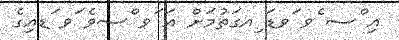
އި ްސ ެވ ަވޑަ ިއގަތުމަށް އަ ަވ ްސވެ ަވ ަޑއިގެ